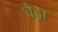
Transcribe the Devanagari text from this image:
वेड्रा